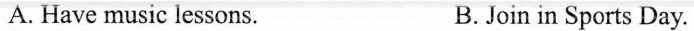
A. Have music lessons. B.Join in Sports Day.